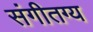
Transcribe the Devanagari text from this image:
संगीतग्य